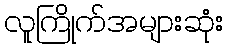
လူကြိုက်အများဆုံး